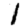
Digit: 1